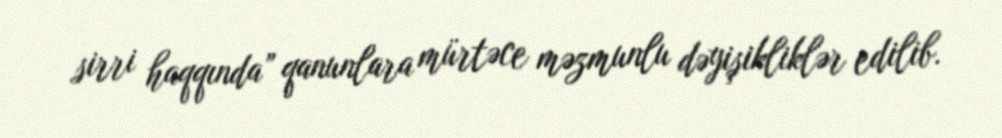
sirri haqqında” qanunlara mürtəce məzmunlu dəyişikliklər edilib.